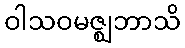
ဝါသဝမဇ္ဈဘာသိ